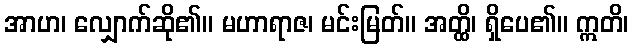
အာဟ၊ လျှောက်ဆို၏။ မဟာရာဇ၊ မင်းမြတ်။ အတ္ထိ၊ ရှိပေ၏။ ဣတိ၊